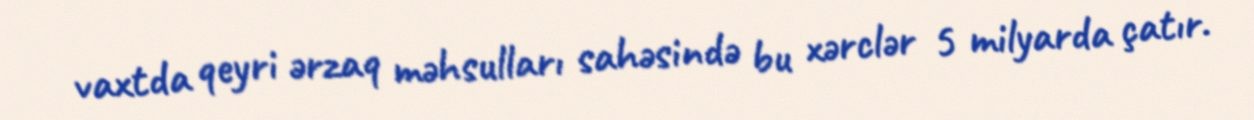
vaxtda qeyri ərzaq məhsulları sahəsində bu xərclər 5 milyarda çatır.